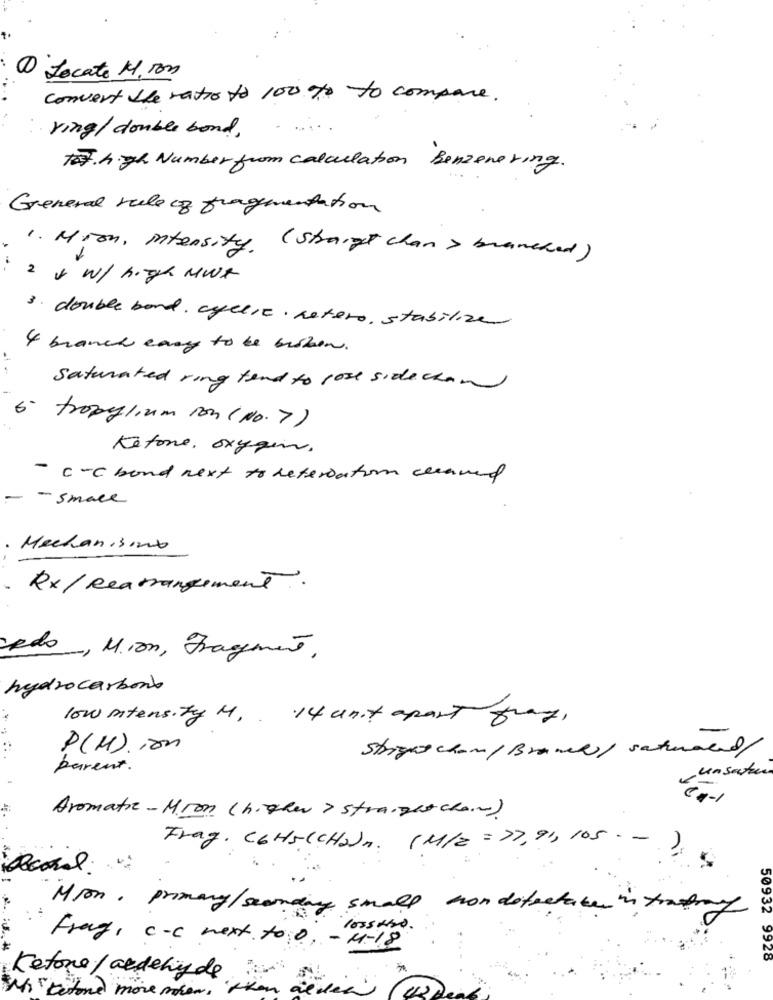
1 Locate 1. Ton
convert the ratio to 100 % to compare.
ring/ double bond.
To7.h.yh Number from calculation Benzenering.
General rule of fragmentation
1. Mioh, intensity. ( Strange chan > branched)
2 x w/ high MWR
3. double bond. afelic. netero, stabilize
4 branch easy to be bisken.
Saturated ring tend to lose side chan
6. tropyglium rom (NO.7)
Ketone, oxygen.
- C-C bond next to referiation cleaned
- - small
. Mechanismb
Rx/ Rearrangement.
Rds, Mion, Fragment.
hydrocarbonb
low intensity M ,. 14 unit apart frag,
P(M).ion
Strigas cham/ Brances/ saturated/
parent .
-unsatur
64-1
Aromatic- M.ron ( higher> straight chan)
Frag. C6HS(CHOn. (M/Z = >7, 99, 105 . - )
Mon, primary/secondary small non detestaba in trastry
loss two .
Frag, c-C next to 0, - M-18
50932 9928
*
Ketone / aldehyde
MITtetone more mier.